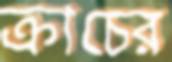
ক্রাচের